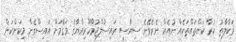
ވަކާލާތު ކުރާ ކަންތައްތަކެއް ނުއެއް ނެރެވޭނެ ސިޔާސީ ރައިސުލްޖުމްހޫރިއްޔާގެ މަގާމަށް އައިސްގެން މިކަންކަން